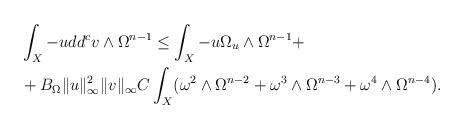
LaTeX: \begin{align*}\begin{aligned}& \int_X -u dd^c v \wedge \Omega^{n-1} \leq \int_X -u \Omega_u \wedge \Omega^{n-1}+ \\&+ B_\Omega \|u\|_\infty^2 \|v\|_\infty C \int_X (\omega^2 \wedge \Omega^{n-2}+ \omega^3 \wedge \Omega^{n-3} + \omega^4 \wedge \Omega^{n-4}).\end{aligned}\end{align*}